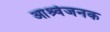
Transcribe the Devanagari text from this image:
आर्श्र्वजनक